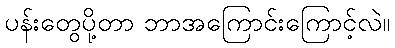
ပန်းတွေပို့တာ ဘာအကြောင်းကြောင့်လဲ။